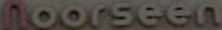
Moorseen